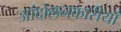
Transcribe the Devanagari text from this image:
आंदोलनकारीयाँ